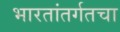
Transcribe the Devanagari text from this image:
भारतांतर्गतचा